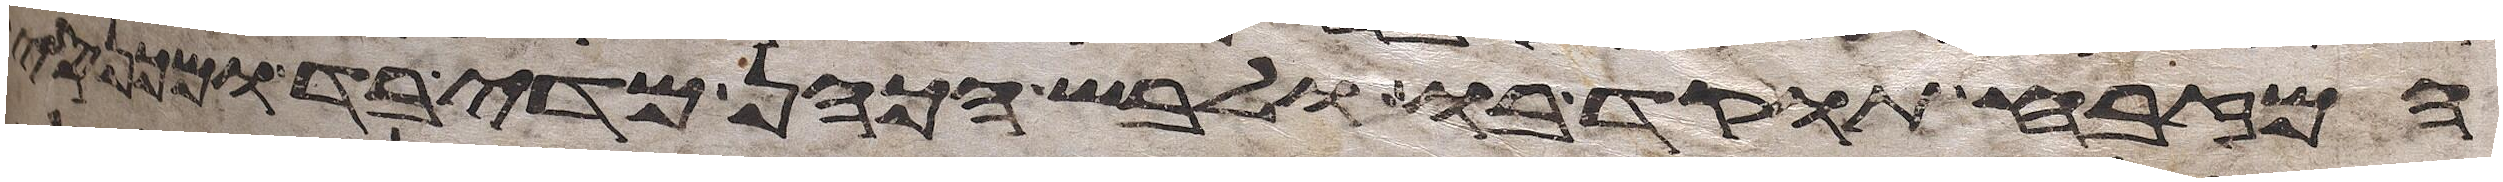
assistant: המזבח תוקד בו ולבש הכהן מדי בד ומכנסי